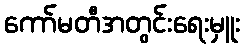
ကော်မတီအတွင်းရေးမှူး